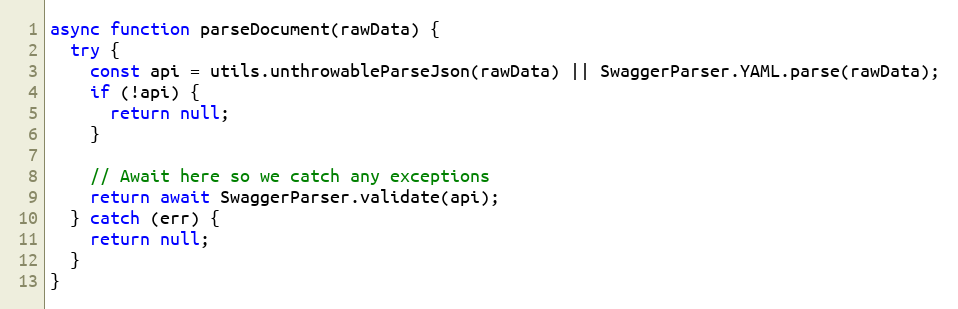
Language: JavaScript
async function parseDocument(rawData) {
  try {
    const api = utils.unthrowableParseJson(rawData) || SwaggerParser.YAML.parse(rawData);
    if (!api) {
      return null;
    }

    // Await here so we catch any exceptions
    return await SwaggerParser.validate(api);
  } catch (err) {
    return null;
  }
}